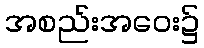
အစည်းအဝေး၌